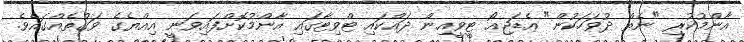
އާންމުކުރި "ނެތް ދުވަހަކުން" އެޑަޖިއޯ ޓީވީއިން ދައްކައި ޓްވިޓާގައި އާންމުކޮށްފައިވަނީ އިއްޔެގެ ވަގުތެއްގައެވެ.